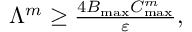
\begin{array} { r } { \Lambda ^ { m } \ge \frac { 4 B _ { \mathrm { m a x } } C _ { \mathrm { m a x } } ^ { m } } { \varepsilon } , } \end{array}